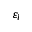
\varepsilon _ { l }